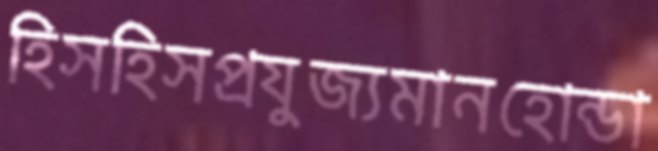
হিসহিসপ্রযুজ্যমানহোন্ডা